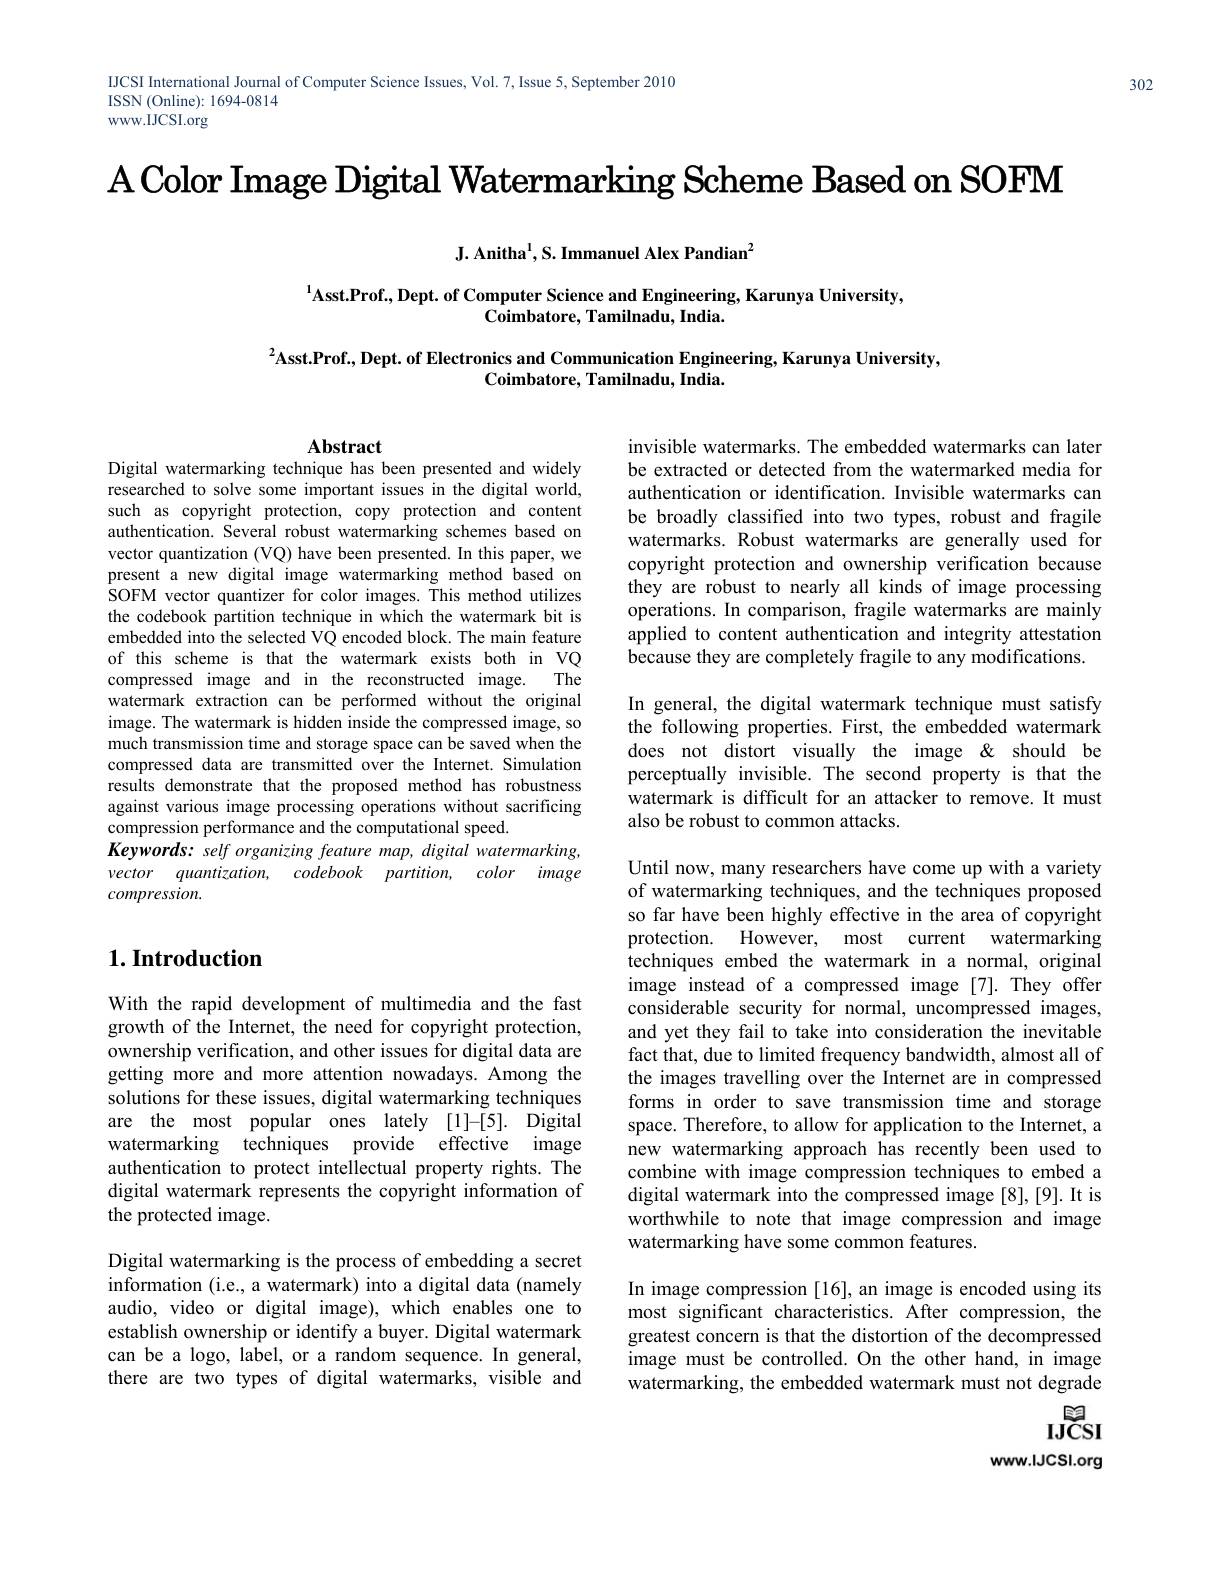
IJCSI International Journal of Computer Science Issues, Vol. 7, Issue 5, September 2010
ISSN (Online): 1694-0814
www. IJCSI. org

$\textbf{A Color Image Digital Watermarking Scheme Based on SOFM}$

J. Anitha$^1$,S. Immanuel Alex Pandian$^2$

$^{1}$Asst.Prof., Dept. of Computer Science and Engineering, Karunya University,
Coimbatore, Tamilnadu, India.

$^{2}$Asst.Prof., Dept. of Electronics and Communication Engineering, Karunya University,
Coimbatore, Tamilnadu, India.

Abstract
Digital watermarking technique has been presented and widely

invisible watermarks. The embedded watermarks can later be extracted or detected from the watermarked media for authentication or identification. Invisible watermarks can be broadly classified into two types, robust and fragile watermarks. Robust watermarks are generally used for copyright protection and ownership verification because they are robust to nearly all kinds of image processing operations. In comparison, fragile watermarks are mainly applied to content authentication and integrity attestation because they are completely fragile to any modifications. In general, the digital watermark technique must satisfy the following properties. First, the embedded watermark does not distort visually the image &should be perceptually invisible. The second property is that the watermark is difficult for an attacker to remove. It must also be robust to common attacks.

researched to solve some important issues in the digital world, such as copyright protection, copy protection and content authentication. Several robust watermarking schemes based on vector quantization (VQ) have been presented. In this paper, we present a new digital image watermarking method based on SOFM vector quantizer for color images. This method utilizes the codebook partition technique in which the watermark bit is embedded into the selected VQ encoded block. The main feature of this scheme is that the watermark exists both in VQ compressed image and in the reconstructed image. The watermark extraction can be performed without the original image. The watermark is hidden inside the compressed image, so much transmission time and storage space can be saved when the compressed data are transmitted over the Internet. Simulation results demonstrate that the proposed method has robustness against various image processing operations without sacrificing compression performance and the computational speed.
Keywords: self organizing feature map, digital watermarking, vector quantization, codebook partition, color image compression.

## $1. \textbf{Introduction}$

Until now, many researchers have come up with a variety of watermarking techniques, and the techniques proposed so far have been highly effective in the area of copyright
watermarking
protection. However, most current
techniques embed the watermark in a normal, original image instead of a compressed image[7]. They offer considerable security for normal, uncompressed images, and yet they fail to take into consideration the inevitable fact that, due to limited frequency bandwidth, almost all of the images travelling over the Internet are in compressed forms in order to save transmission time and storage space. Therefore, to allow for application to the Internet, a new watermarking approach has recently been used to combine with image compression techniques to embed a digital watermark into the compressed image [8],[9]. It is worthwhile to note that image compression and image watermarking have some common features.

With the rapid development of multimedia and the fast growth of the Internet, the need for copyright protection, ownership verification, and other issues for digital data are getting more and more attention nowadays. Among the solutions for these issues, digital watermarking techniques are the most popular ones lately [1]-[5]. Digital watermarking techniques provide effective image authentication to protect intellectual property rights. The digital watermark represents the copyright information of the protected image.

Digital watermarking is the process of embedding a secret information (i.e., a watermark) into a digital data (namely audio, video or digital image), which enables one to establish ownership or identify a buyer. Digital watermark can be a logo, label, or a random sequence. In general, there are two types of digital watermarks, visible and

In image compression [16], an image is encoded using its most significant characteristics. After compression, the greatest concern is that the distortion of the decompressed image must be controlled. On the other hand, in image watermarking, the embedded watermark must not degrade
日$IJCSI$

www.IJCSI.org

302